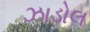
ઝાડોલ